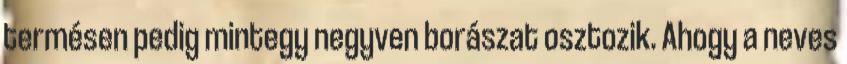
termésen pedig mintegy negyven borászat osztozik. Ahogy a neves